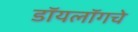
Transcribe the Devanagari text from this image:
डॉयलॉगचे